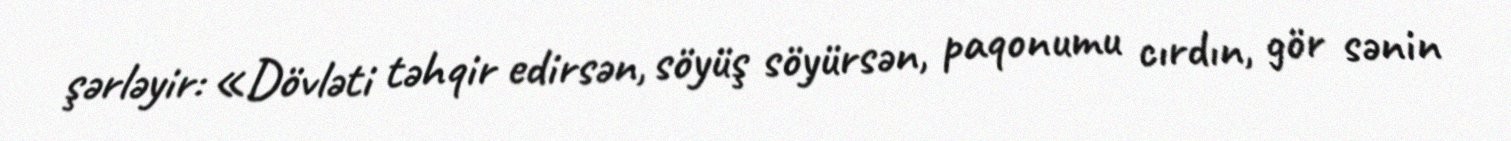
şərləyir: «Dövləti təhqir edirsən, söyüş söyürsən, paqonumu cırdın, gör sənin